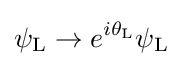
\psi _{\rm {L}}\rightarrow e^{i\theta _{\rm {L}}}\psi _{\rm {L}}